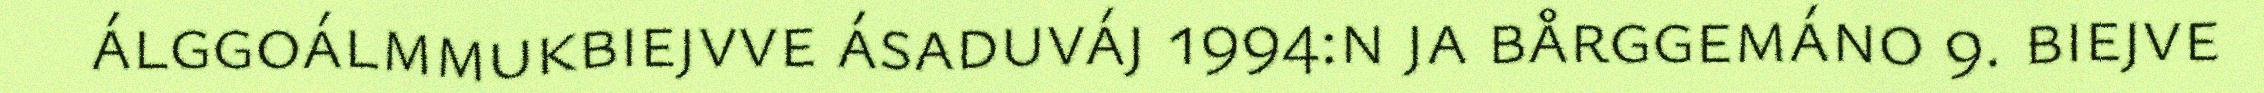
álggoálmmukbiejvve ásaduváj 1994:n ja bårggemáno 9. biejve